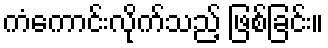
ကံကောင်းလိုက်သည့် ဖြစ်ခြင်း။